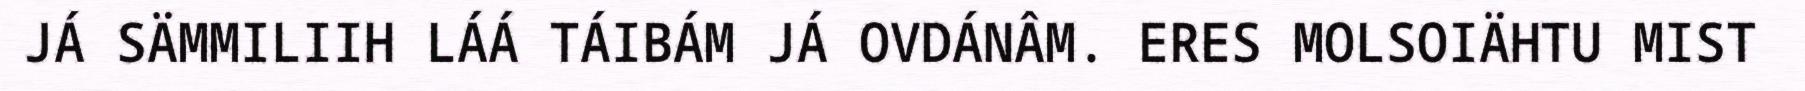
JÁ SÄMMILIIH LÁÁ TÁIBÁM JÁ OVDÁNÂM. ERES MOLSOIÄHTU MIST